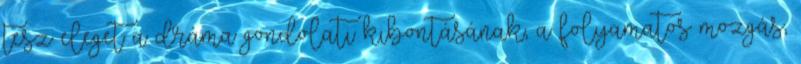
tesz eleget a dráma gondolati kibontásának, a folyamatos mozgás,